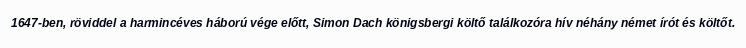
1647-ben, röviddel a harmincéves háború vége előtt, Simon Dach königsbergi költő találkozóra hív néhány német írót és költőt.